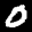
Label: 0